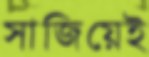
সাজিয়েই